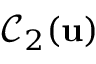
\mathcal { C } _ { 2 } ( \mathbf { u } )